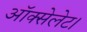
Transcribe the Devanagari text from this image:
ऑक्सेलेट।